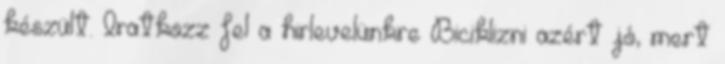
készült. Iratkozz fel a hirlevelünkre Biciklizni azért jó, mert